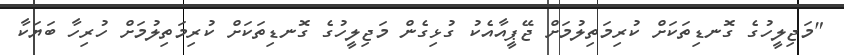
"މަޖިލީހުގެ ގޮނޑިތަކަށް ކުރިމަތިލުމަށް ޖޭޕީއާއެކު ގުޅިގެން މަޖިލީހުގެ ގޮނޑިތަކަށް ކުރިމަތިލުމަށް ހުރިހާ ބަޔަކާ